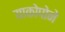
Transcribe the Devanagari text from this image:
याकोपोने